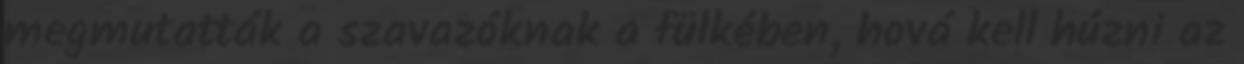
megmutatták a szavazóknak a fülkében, hová kell húzni az